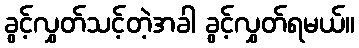
ခွင့်လွှတ်သင့်တဲ့အခါ ခွင့်လွှတ်ရမယ်။